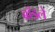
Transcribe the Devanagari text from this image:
ब्रॉडले